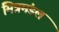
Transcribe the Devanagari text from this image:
मित्रमंडल